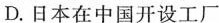
D.日本在中国开设工厂